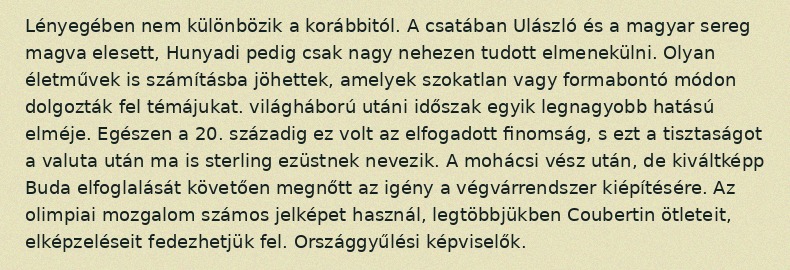
Lényegében nem különbözik a korábbitól. A csatában Ulászló és a magyar sereg magva elesett, Hunyadi pedig csak nagy nehezen tudott elmenekülni. Olyan életművek is számításba jöhettek, amelyek szokatlan vagy formabontó módon dolgozták fel témájukat. világháború utáni időszak egyik legnagyobb hatású elméje. Egészen a 20. századig ez volt az elfogadott finomság, s ezt a tisztaságot a valuta után ma is sterling ezüstnek nevezik. A mohácsi vész után, de kiváltképp Buda elfoglalását követően megnőtt az igény a végvárrendszer kiépítésére. Az olimpiai mozgalom számos jelképet használ, legtöbbjükben Coubertin ötleteit, elképzeléseit fedezhetjük fel. Országgyűlési képviselők.